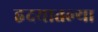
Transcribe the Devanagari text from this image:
हृदयातल्या